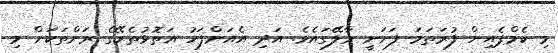
މި ކެމްޕެއިން ފުރަތަަމަ ފަށަނީ މާލޭގައެވެ. އަދި އެއަށްފަހު އަތޮޅުުތެރޭގެ ރަށްތަކަށް މި